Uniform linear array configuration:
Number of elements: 48
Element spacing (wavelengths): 0.25
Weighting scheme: blackman
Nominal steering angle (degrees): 0
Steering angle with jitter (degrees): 1.433
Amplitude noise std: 0.05
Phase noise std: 0.05

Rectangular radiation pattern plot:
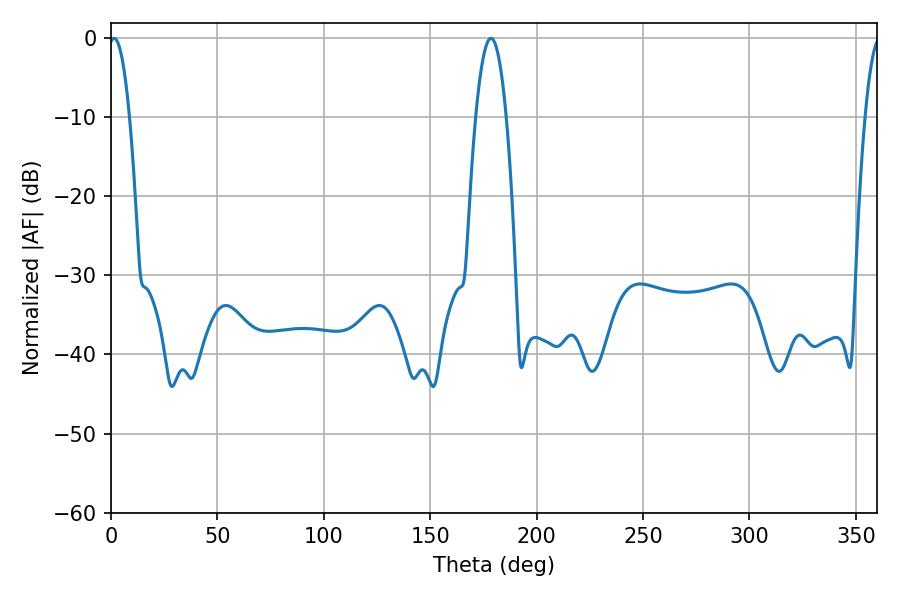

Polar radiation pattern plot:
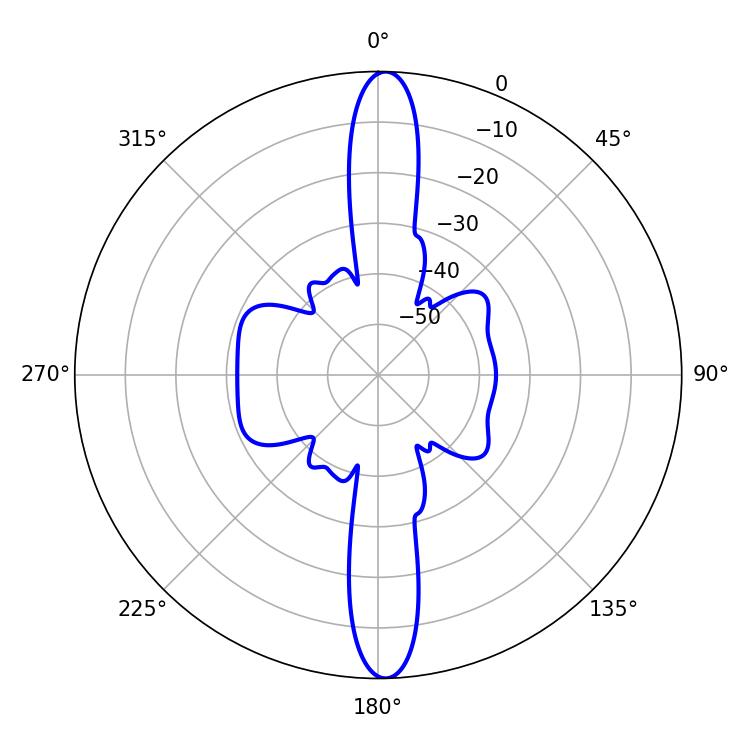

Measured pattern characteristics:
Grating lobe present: FALSE
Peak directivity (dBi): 24.411
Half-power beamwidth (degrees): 5.4
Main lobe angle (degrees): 1.44